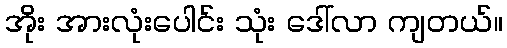
အိုး အားလုံးပေါင်း သုံး ဒေါ်လာ ကျတယ်။